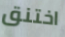
اختنق